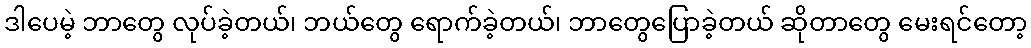
ဒါပေမဲ့ ဘာတွေ လုပ်ခဲ့တယ်၊ ဘယ်တွေ ရောက်ခဲ့တယ်၊ ဘာတွေပြောခဲ့တယ် ဆိုတာတွေ မေးရင်တော့